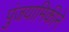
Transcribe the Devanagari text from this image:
पुंजयामिकीने